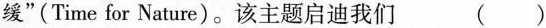
缓”(Time for Nature)。该主题启迪我们 （）